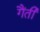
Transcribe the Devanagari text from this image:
गैंती